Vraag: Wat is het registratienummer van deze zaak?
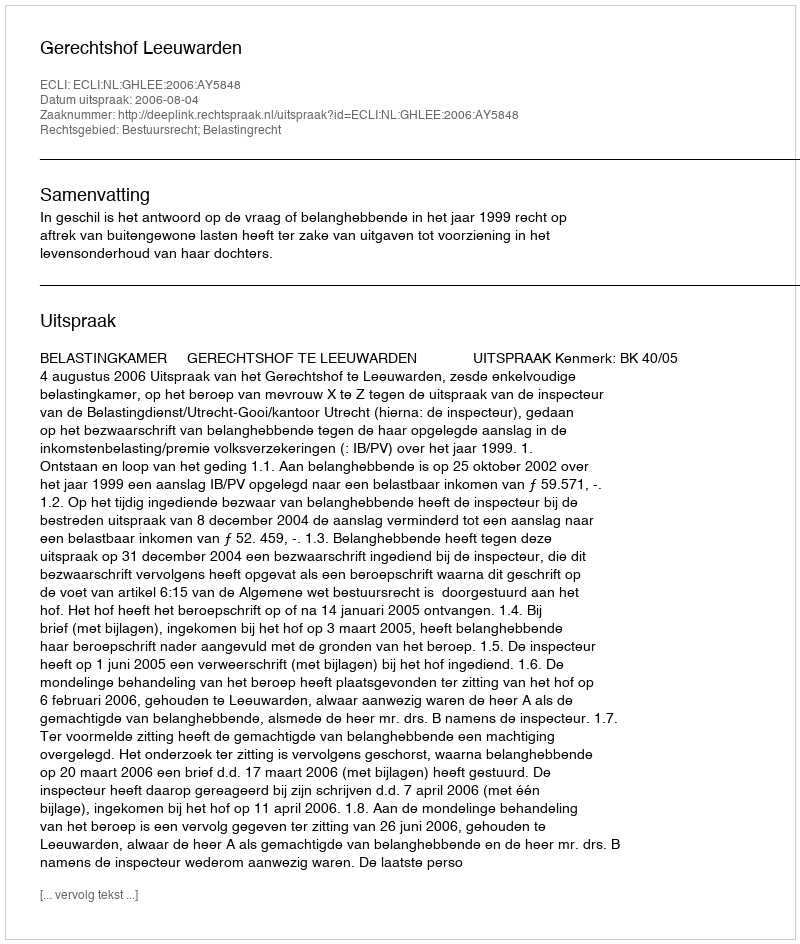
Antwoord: http://deeplink.rechtspraak.nl/uitspraak?id=ECLI:NL:GHLEE:2006:AY5848